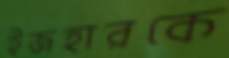
ইজহারকে